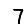
Digit: 7